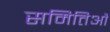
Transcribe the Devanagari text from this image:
समितिऔं